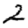
Digit: 2